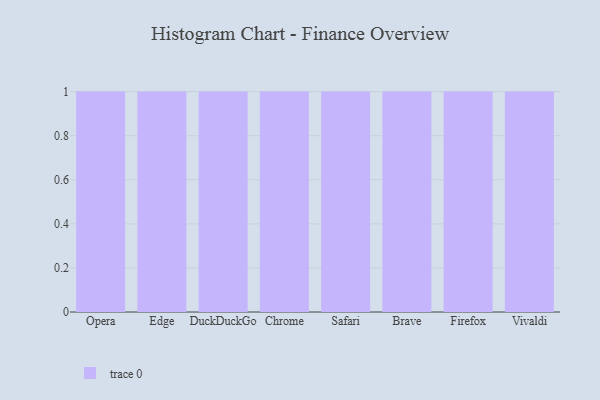
{"axis": {"x": "Browser", "y": "Website Visitors"}, "legend": [""], "data": [{"x": "Opera", "y": 54, "type": ""}, {"x": "Edge", "y": 16, "type": ""}, {"x": "DuckDuckGo", "y": 83, "type": ""}, {"x": "Chrome", "y": 50, "type": ""}, {"x": "Safari", "y": 98, "type": ""}, {"x": "Brave", "y": 26, "type": ""}, {"x": "Firefox", "y": 99, "type": ""}, {"x": "Vivaldi", "y": 51, "type": ""}]}